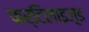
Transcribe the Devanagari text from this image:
फर्टिलाइज़्ड